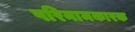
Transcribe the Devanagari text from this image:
परिनामकारक